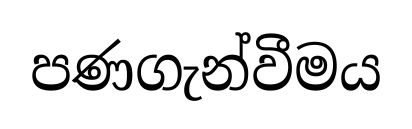
පණගැන්වීමය